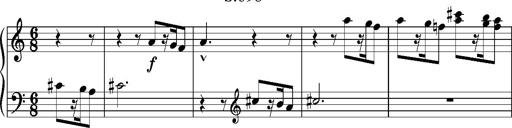
Title: La mandragore
Composer: Franz Liszt